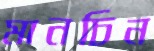
মানচিন